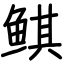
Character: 鲯